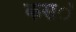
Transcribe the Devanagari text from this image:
कस॓